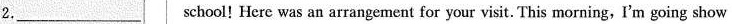
2.___school! Here was an arrangement for your visit. This morning, I'm going show